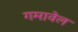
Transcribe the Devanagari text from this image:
गमावेल